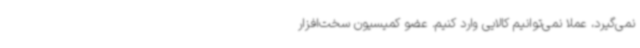
نمی‌گیرد، عملا نمی‌توانیم کالایی وارد کنیم. عضو کمیسیون سخت‌افزار